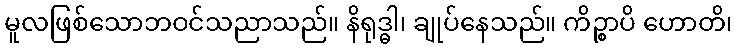
မူလဖြစ်သောဘဝင်သညာသည်။ နိရုဒ္ဓါ၊ ချုပ်နေသည်။ ကိဉ္စာပိ ဟောတိ၊